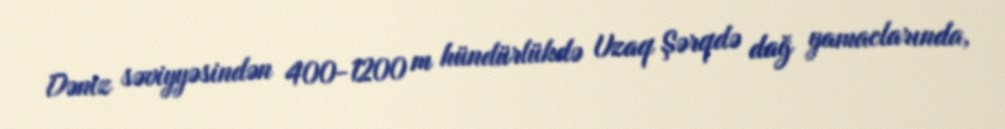
Dəniz səviyyəsindən 400-1200 m hündürlükdə Uzaq Şərqdə dağ yamaclarında,